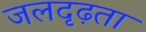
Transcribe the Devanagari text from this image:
जलदृढ़ता